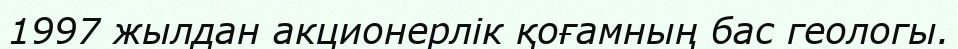
1997 жылдан акционерлік қоғамның бас геологы.